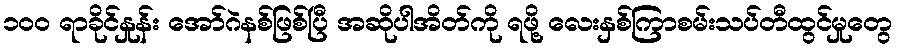
၁၀၀ ရာခိုင်နှုန်း အော်ဂဲနစ်ဖြစ်ပြီ အဆိုပါအိတ်ကို ရဖို့ လေးနှစ်ကြာစမ်းသပ်တီထွင်မှုတွေ